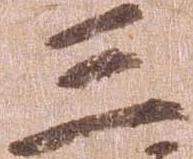
三